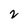
Character: 2